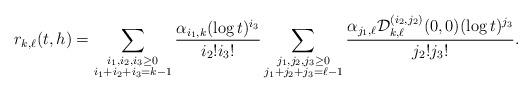
LaTeX: \begin{align*} r_{k,\ell}(t,h) = \sum_{\substack{i_1,i_2,i_3 \ge 0 \\ i_1+i_2+i_3 = k-1}} \frac{\alpha_{i_1,k}(\log t)^{i_3}}{i_2! i_3!} \sum_{\substack{j_1,j_2,j_3 \ge 0 \\j_1+j_2 +j_3 = \ell-1}} \frac{\alpha_{j_1,\ell}\mathcal{D}_{k,\ell}^{(i_2,j_2)}(0,0) (\log t)^{j_3}}{j_{2}! j_3!}.\end{align*}